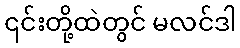
၎င်းတို့ထဲတွင် မလင်ဒါ